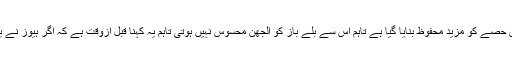
اعلامیے میں کہا گیا کہ اس ہیلمٹ کے جدید ترین ماڈل میں اس حصے کو مزید محفوظ بنایا گیا ہے تاہم اس سے بلے باز کو الجھن محسوس نہیں ہوتی تاہم یہ کہنا قبل ازوقت ہے کہ اگر ہیوز نے یہ ہیلمٹ پہنا بھی ہوتا تو آیا وہ اس انجری سے بچ پاتے یا نہیں۔